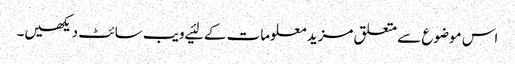
اس موضوع سے متعلق مزید معلومات کے لئیے ویب سائٹ دیکھیں۔